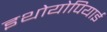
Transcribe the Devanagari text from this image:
इथोयोपियाई